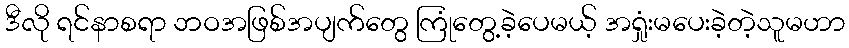
ဒီလို ရင်နာစရာ ဘဝအဖြစ်အပျက်တွေ ကြုံတွေ့ခဲ့ပေမယ့် အရှုံးမပေးခဲ့တဲ့သူမဟာ